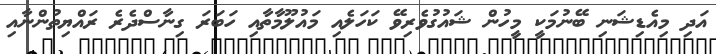
އަދި މިއެޑިޝަނި ބޭނުމަކީ މީހުން ޝައުގުވެރިވޭ ކަހަލެއި މައުލޫމާތާއި ހަބަރަ ގިނާސްދެރެ ރައްޔިތުންނާއި